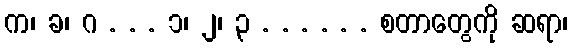
က၊ ခ၊ ဂ . . . ၁၊ ၂၊ ၃ . . . . . . စတာတွေကို ဆရာ၊